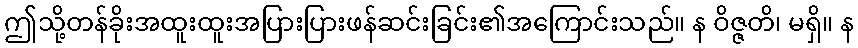
ဤသို့တန်ခိုးအထူးထူးအပြားပြားဖန်ဆင်းခြင်း၏အကြောင်းသည်။ န ဝိဇ္ဇတိ၊ မရှိ။ န